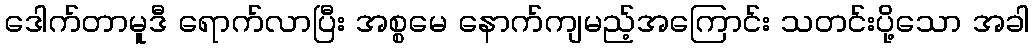
ဒေါက်တာမူဒီ ရောက်လာပြီး အစ္စမေ နောက်ကျမည့်အကြောင်း သတင်းပို့သော အခါ